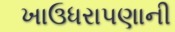
ખાઉધરાપણાની